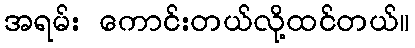
အရမ်း ကောင်းတယ်လို့ထင်တယ်။